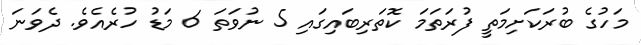
މަހުގެ ބުރަކަށިމަތީ ފުރަތަމަ ކޮތަރިބައިގައި 5 ނުވަތަ 6 މަޑު ހުރެއެވެ. ދެވަނަ